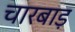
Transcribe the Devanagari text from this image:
चारबाड़